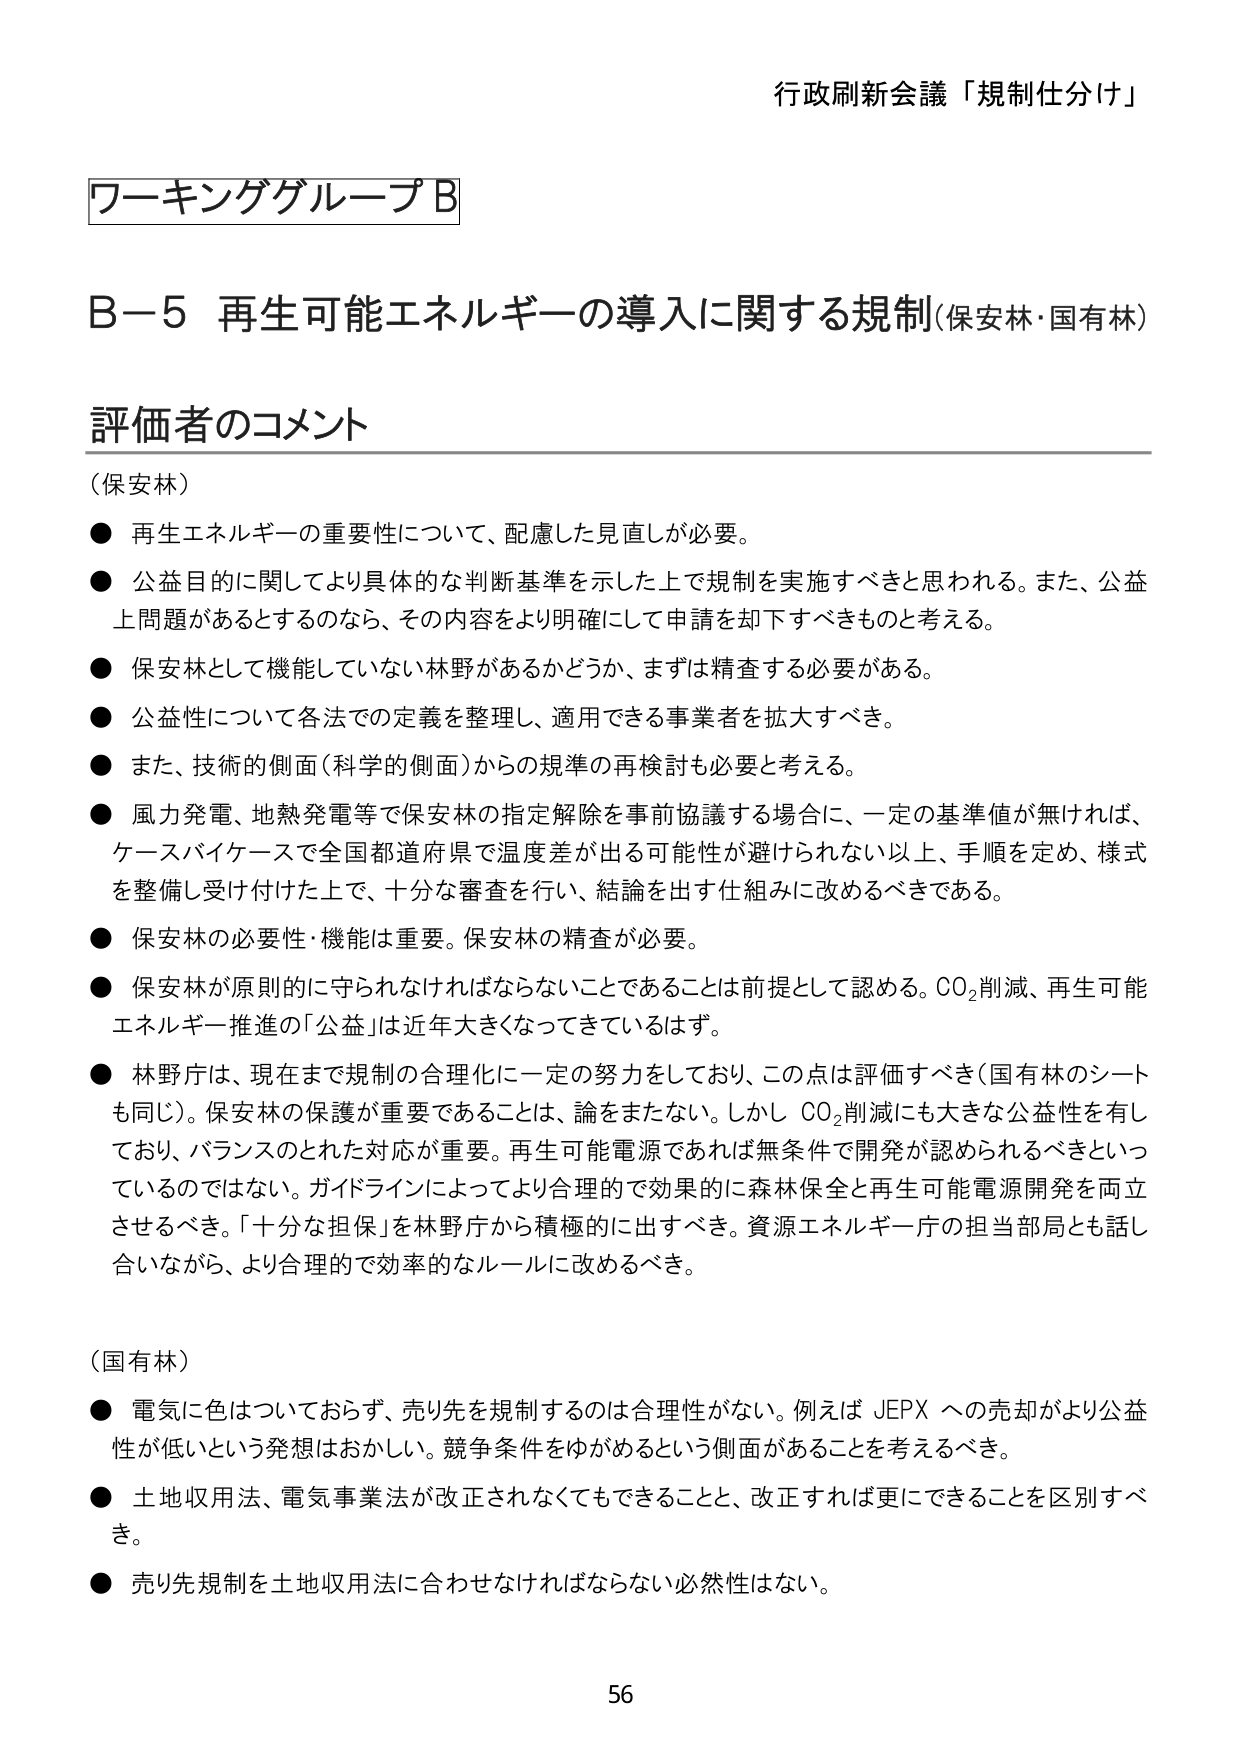
行政刷新会議「規制仕分け」

ワーキンググループB

B－5 再生可能エネルギーの導入に関する規制（保安林・国有林）

評価者のコメント

（保安林）
● 再生エネルギーの重要性について、配慮した見直しが必要。
● 公益目的に関してより具体的な判断基準を示した上で規制を実施すべきと思われる。また、公益上問題があるとするのなら、その内容をより明確にして申請を却下すべきものと考える。
● 保安林として機能していない林野があるかどうか、まずは精査する必要がある。
● 公益性について各法での定義を整理し、適用できる事業者を拡大すべき。
● また、技術的側面（科学的側面）からの規準の再検討も必要と考える。
● 風力発電、地熱発電等で保安林の指定解除を事前協議する場合に、一定の基準値が無ければ、ケースバイケースで全国都道府県で温度差が出る可能性が避けられない以上、手順を定め、様式を整備し受け付けた上で、十分な審査を行い、結論を出す仕組みに改めるべきである。
● 保安林の必要性・機能は重要。保安林の精査が必要。
● 保安林が原則的に守られなければならないことであることは前提として認める。CO₂削減、再生可能エネルギー推進の「公益」は近年大きくなってきているはず。
● 林野庁は、現在まで規制の合理化に一定の努力をしており、この点は評価すべき（国有林のシートも同じ）。保安林の保護が重要であることは、論をまたない。しかし CO₂削減にも大きな公益性を有しており、バランスのとれた対応が重要。再生可能電源であれば無条件で開発が認められるべきといったのではない。ガイドラインによってより合理的で効果的に森林保全と再生可能電源開発を両立させるべき。「十分な担保」を林野庁から積極的に出すべき。資源エネルギー庁の担当部局とも話し合いながら、より合理的で効率的なルールに改めるべき。

（国有林）
● 電気に色はついておらず、売り先を規制するのは合理性がない。例えば JEPX への売却がより公益性が低いという発想はおかしい。競争条件をゆがめるという側面があることを考えるべき。
● 土地収用法、電気事業法が改正されなくてもできることと、改正すれば更にできることを区別すべき。
● 売り先規制を土地収用法に合わせなければならない必然性はない。

56